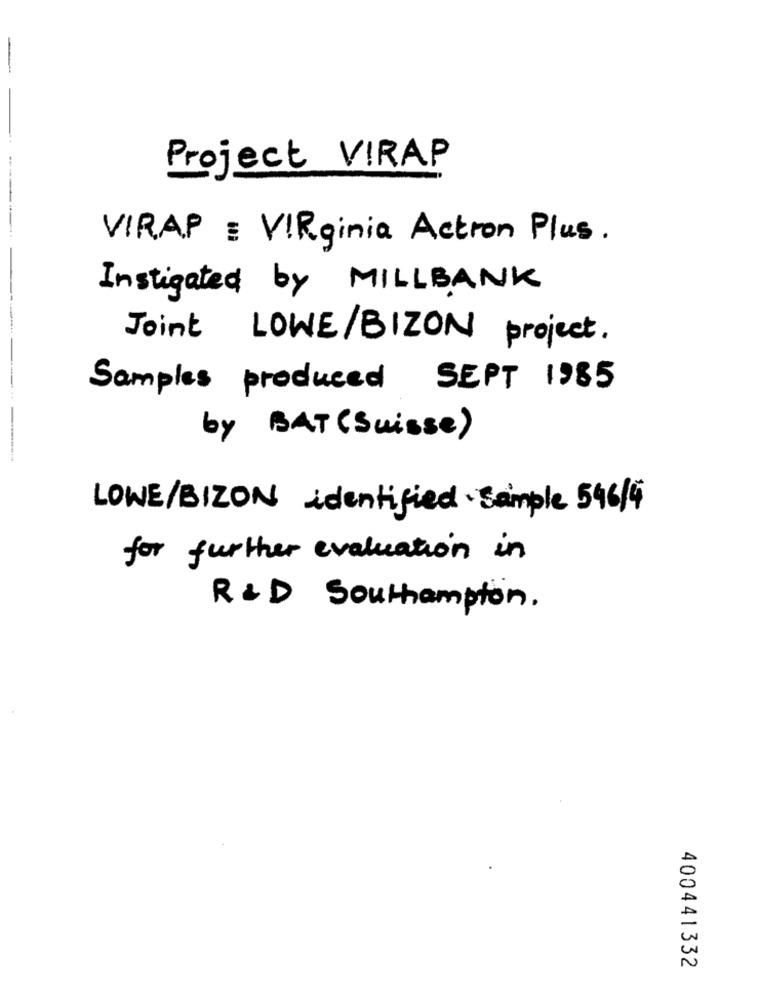
Project VIRAP
--------..
VIRAP = VIRginia Actron Plus.
Instigated by MILLBANK
Joint LOWE/BIZON project.
Samples produced SEPT 1985
by BAT (Suisse)
LOWE/BIZON identified Sample 546/4
for further evaluation in
R&D Southampton.
400441332